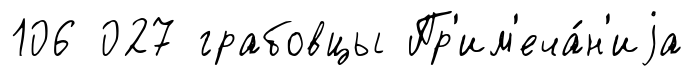
106 027 грабовцы Пр'им'еча́н'иjа